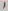
Text: 1